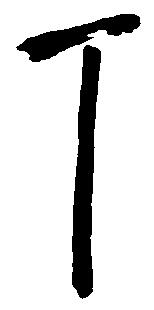
丁